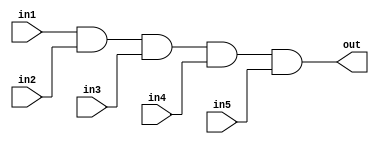
module and_5in(in1, in2, in3, in4, in5, out);
input in1, in2, in3, in4, in5;
output out;
and a1(out, in1, in2, in3, in4, in5);
endmodule

module and1_tb;
reg in1, in2, in3, in4, in5;
wire out;
and_5in i(in1, in2, in3, in4, in5, out);
initial
begin
	in1=1'b0; in2=1'b0; in3=1'b0; in4=1'b0; in5=1'b0;
	$monitor("Time:%0t in=%b%b%b%b%b out=%b",$time, in1, in2, in3, in4, in5, out);
	#5 	in1=1'b0; in2=1'b0; in3=1'b0; in4=1'b0; in5=1'b0;
	#5 	in1=1'b0; in2=1'b0; in3=1'b1; in4=1'b0; in5=1'b1;
	#5	in1=1'b1; in2=1'b1; in3=1'b1; in4=1'b1; in5=1'b1;
end
endmodule